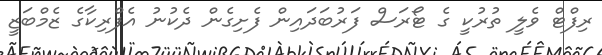
ރިފްޓް ވެލީ ތުރުކީ ގެ ޓޯރަސް ފަރުބަދައިން ފެށިގެން ދެކުނު އެފްރިކާގެ ޒެމްބަޒީ